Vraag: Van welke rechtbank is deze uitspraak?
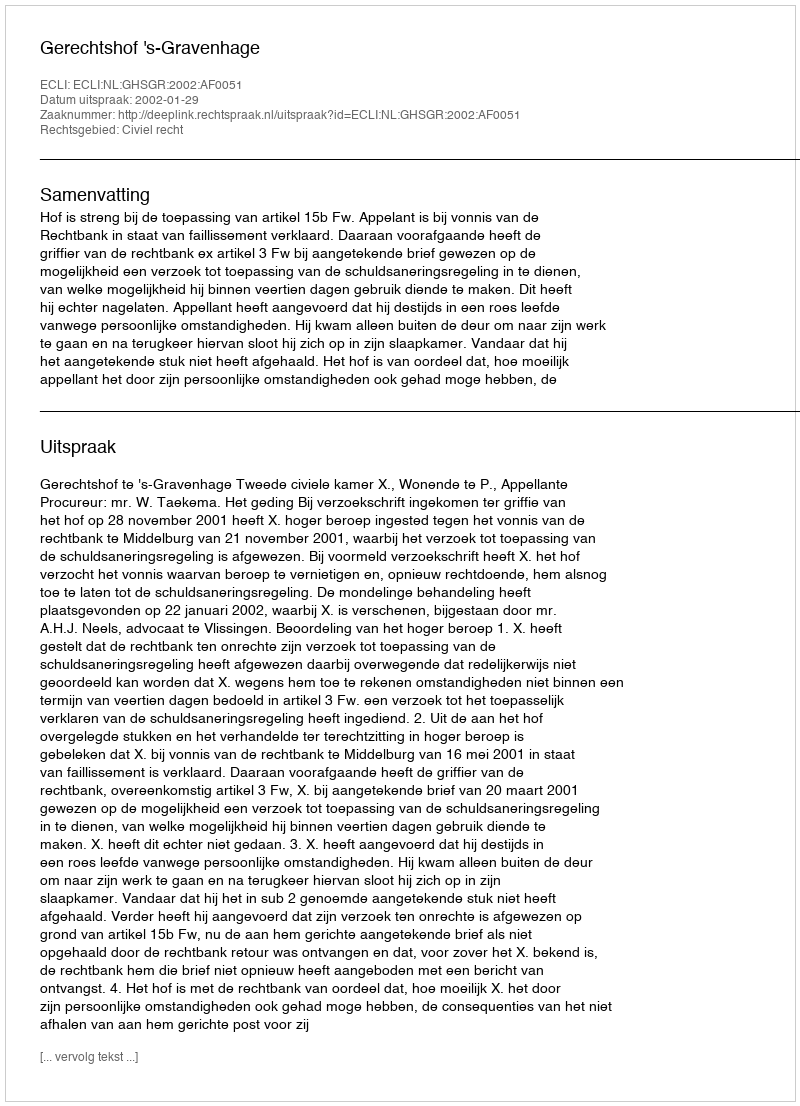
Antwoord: Gerechtshof 's-Gravenhage